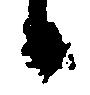
候